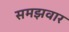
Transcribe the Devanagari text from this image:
समझवार